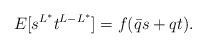
LaTeX: \begin{align*}E[s^{L^*}t^{L-L^*}]=f(\bar{q}s+qt). \end{align*}